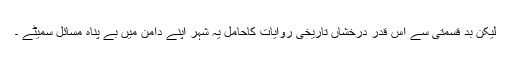
لیکن بد قسمتی سے اس قدر درخشاں تاریخی روایات کاحامل یہ شہر اپنے دامن میں بے پناہ مسائل سمیٹے ۔